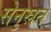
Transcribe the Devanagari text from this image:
सेनुस्रत